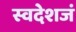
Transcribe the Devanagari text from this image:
स्वदेशजं